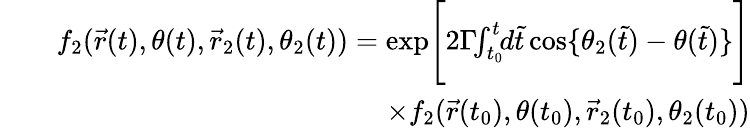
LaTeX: \begin{array}{rlr}&{}&{f_{2}(\vec{r}(t),\theta(t),\vec{r}_{2}(t),\theta_{2}(t))=\mathrm{exp}\Bigg[2\Gamma\! \! \int_{t_{0}}^{t}\! \! d\tilde{t}\, \mathrm{cos}\{ \theta_{2}(\tilde{t})-\theta(\tilde{t})\} \Bigg]}\\ &{}&{\times f_{2}(\vec{r}(t_{0}),\theta(t_{0}),\vec{r}_{2}(t_{0}),\theta_{2}(t_{0}))}\end{array}